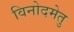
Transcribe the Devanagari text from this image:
विनोदमेतु